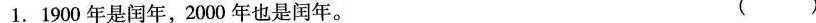
1.1900年是闰年，2000年也是闰年。( )